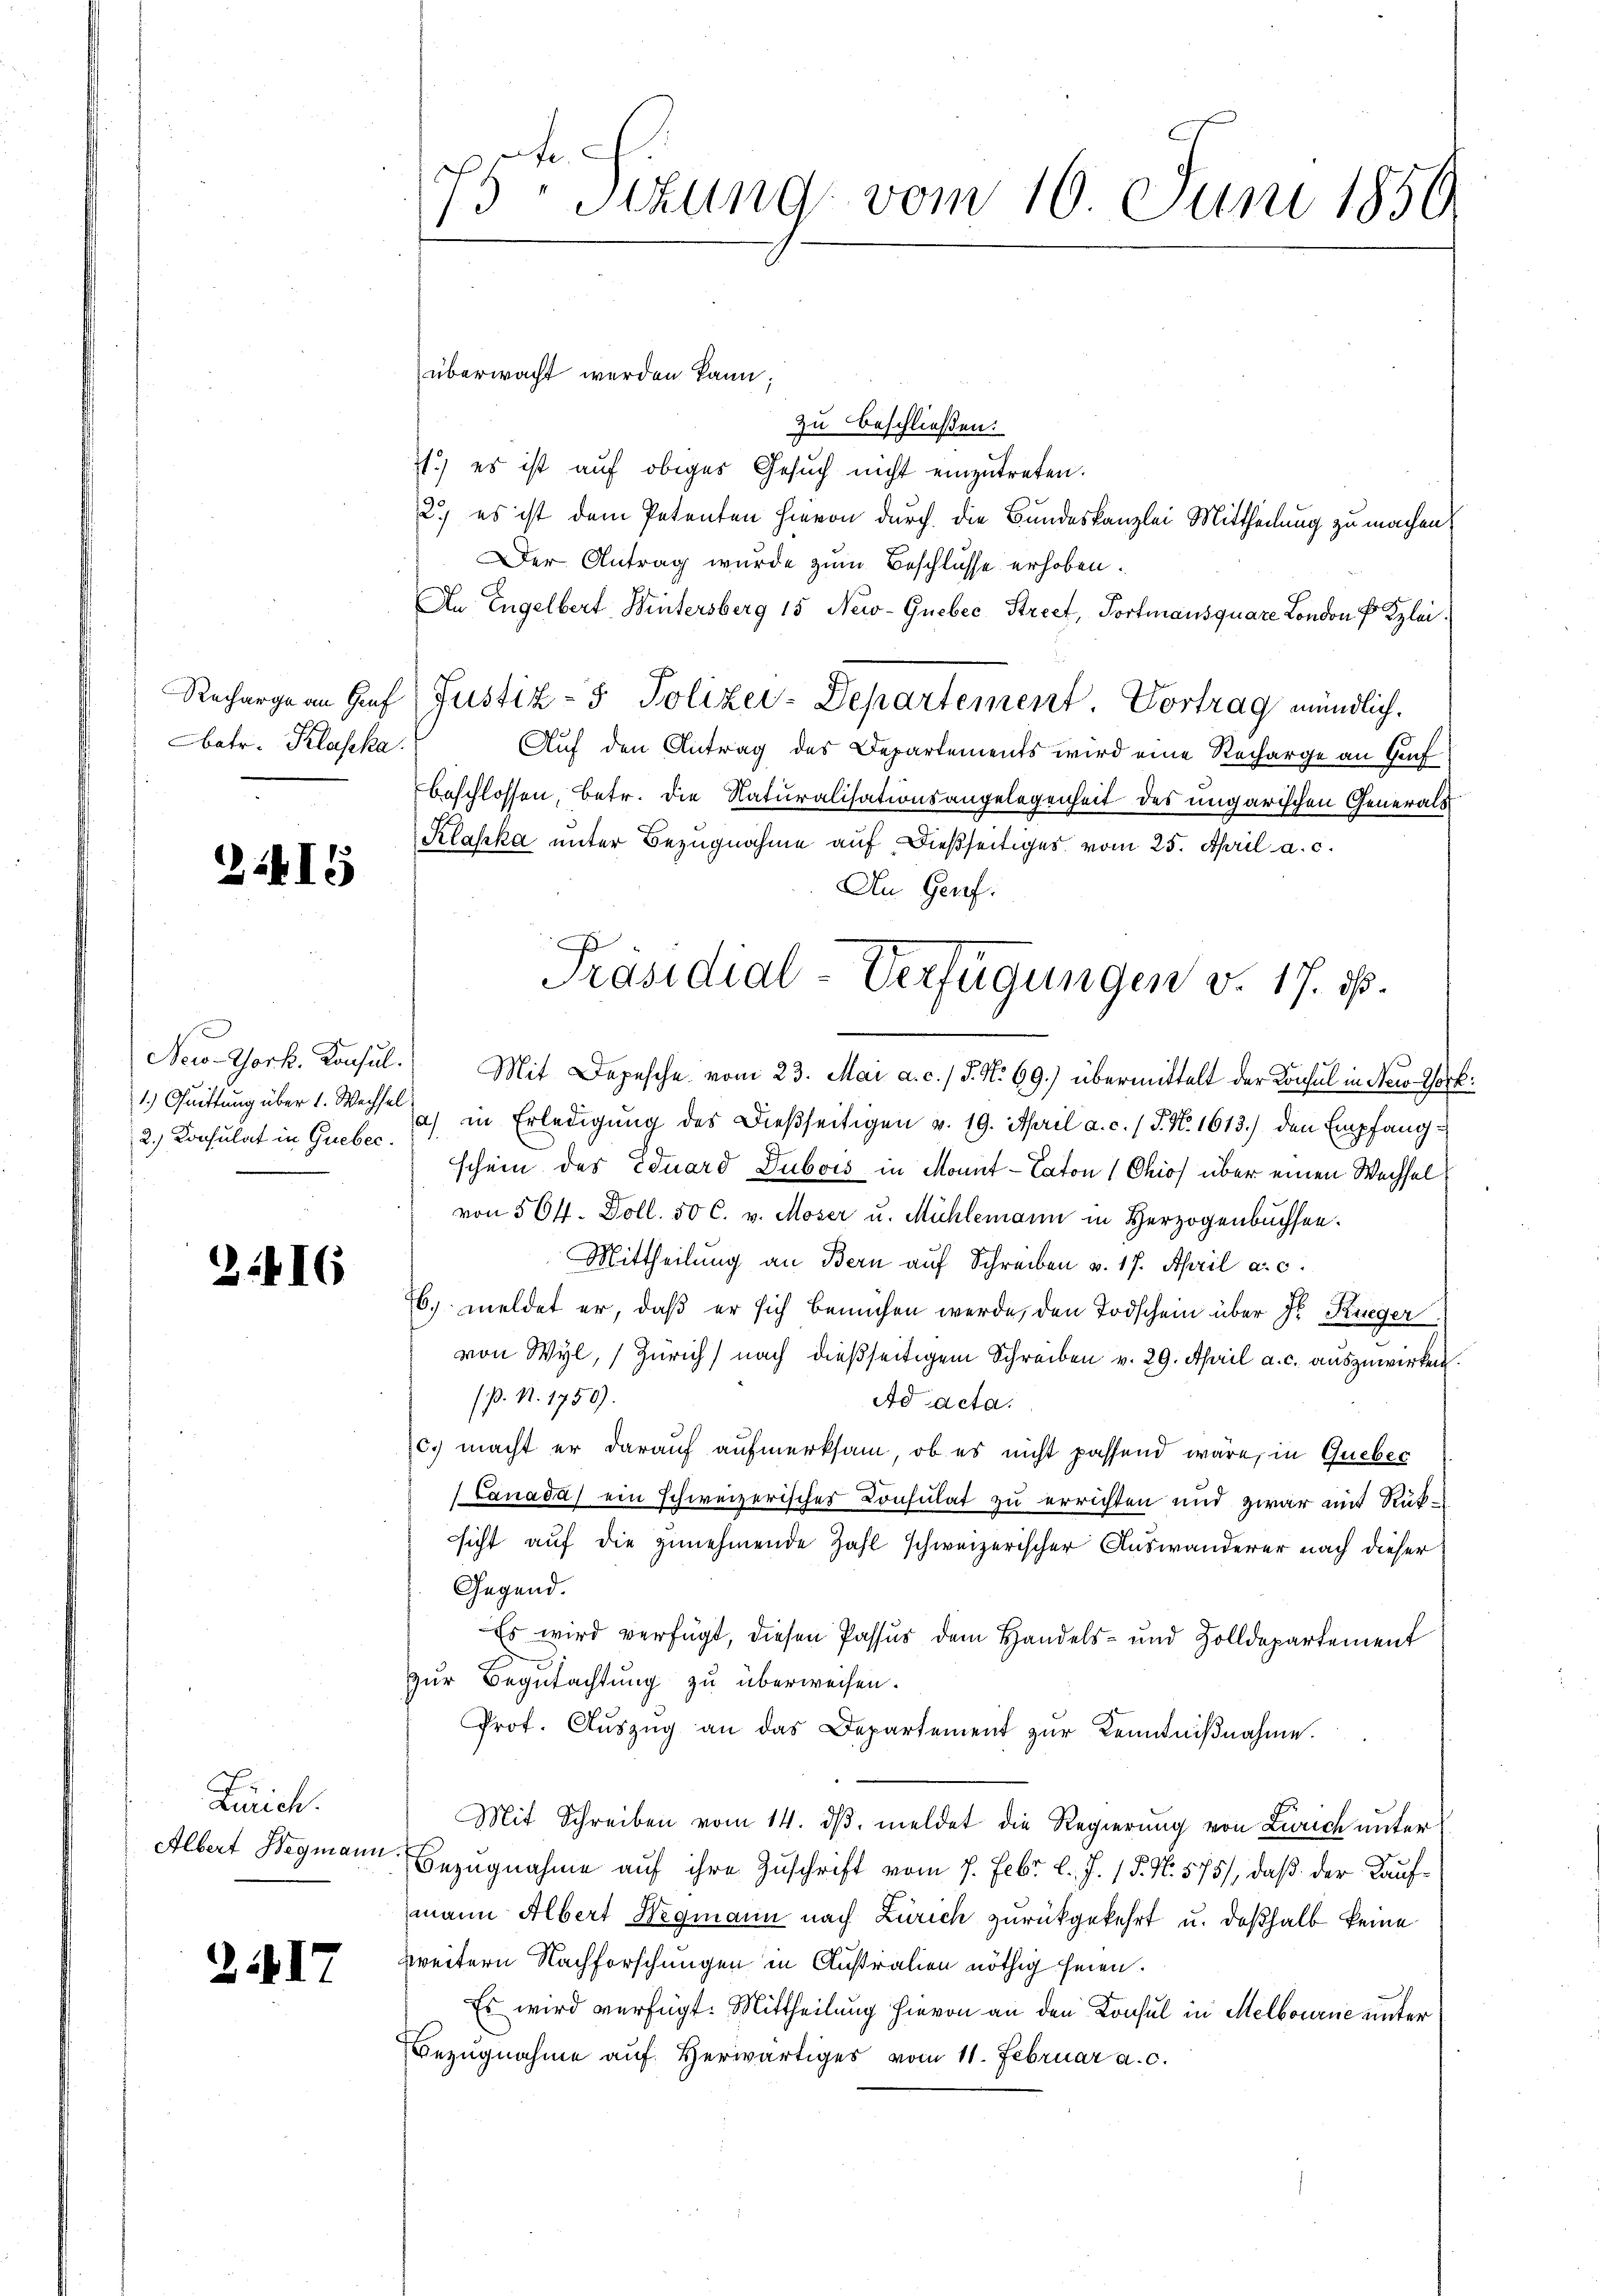
batr. Klasska

2415

2.) Consulat in Guebec

3.416

Lirich.

217

überwacht werden kann;
zu beschließen:
1.) es ist auf obiges Gesuch nicht einzutreten.
2.) es ist dem Petenten hievon durch die Bundeskanzlei Mittheilung zu machen.
Der Antrag wurde zum Beschlüsse erhoben.
An Engelbert Wintersberg 15 New-Gueber Street, Portmausquare London f Kzlei.
Recharge an Hief Justiz- & Polizei-Departement Vortrag mündlich.
Auf den Antrag des Departements wird eine Recharge an Auf
beschlossen, betr. die Naturalisationsangelegenheit des ungarischen Generals
Klaska unter Bezugnahme auf dießseitiges vom 25. April a. c.
An Genf.
New-York. Konsŭl. Mit Depesche vom 23. Mai a. c. / 5. No 69.) übermittelt der Konsul in New-York
1. Quittung über 1. War in Erledigung des Dießseitigen v. 19. April a. c. / 5. No. 1613.) den Empfangschein des Eduard Dubois in Monit-Caton (Chios über einen Wechsel
von 564. Doll. 50 C. v. Moser u. Mühlemann in Herzogenbuchsen.
Mittheilung an Bern auf Schreiben v. 17. April a. c.
76. meldet er, daß er sich bemühen werde, den Todschein über Fr. Krieger
von Wyl, Zürich) nach dießseitigem Schreiben v. 29. April a. c. auszuwirken.
(ß. N. 1750).
Ad acta.
c.) macht er darauf aufmerksam, ob es nicht passend wäre, in Queber
/Canada) ein schweizerischer Consulat zu errichten und zwar mit Rüksicht auf die zunehmende Zahl schweizerischer Auswanderer nach dieser
Gegend.
Es wird verfügt, diesen Passus dem Handels- und Zolldepartement
zur Begutachtung zu überweisen.
Prof. Aŭszŭg an das Departement zŭr Kenntniβnahme.
Mit Schreiben vom 14. dβ meldet die Regierung von Zürich unter
Albert Wegmann. Bezugnahme auf ihre Zuschrift vom 7. Febr. l. J. 15. N. 575), daß der Kaufmann Albert Wegmann nach Zürich zurückgekehrt u. deßhalb keine
zweitern Nachforschungen in Austration nöthig seien.
Es wird verfügt: Mittheilung hievon an den Konsul in Melbourne unter
Bezugnahme auf Herwärtiges vom 11. Februar a. c.

75 Sitzung vom 10. Juni 1856

Präsidial-Verfügungen v. 17. ds.